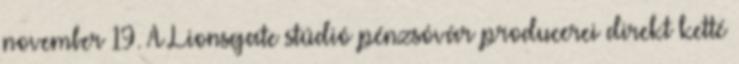
november 19. A Lionsgate stúdió pénzsóvár producerei direkt ketté